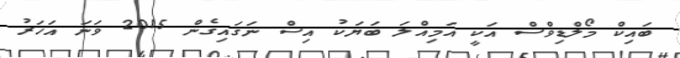
ބައިކް މޯލްޑިވްސް އަކީ އަމިއްލަ ބަޔަކު އިސް ނަގައިގެން 2015 ވަނަ އަހަރު